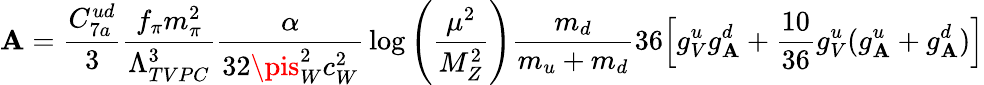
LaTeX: \mathbf{A}={\frac{{C_{7a}^{ud}}}{{3}}}{\frac{{f_{\pi}m_{\pi}^{2}}}{{\Lambda_{TVPC}^{3}}}}{\frac{{\alpha}}{{32\pis_{W}^{2}c_{W}^{2}}}}\log\left({\frac{{\mu^{2}}}{{M_{Z}^{2}}}}\right){\frac{{m_{d}}}{{m_{u}+m_{d}}}}36\Bigl[g_{V}^{u}g_{\mathbf{A}}^{d}+{\frac{{10}}{{36}}}g_{V}^{u}(g_{\mathbf{A}}^{u}+g_{\mathbf{A}}^{d})\Bigr]